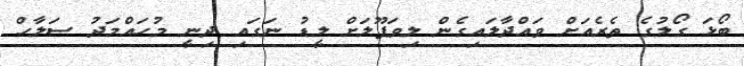
ބޯޅަ ގޯލުގެ ތެރެއަށް ވައްދާލައިގެން ލިވަޕޫލަށް ލީޑު ނަގައި ދިނީ މުހައްމަދު ސަލާހް